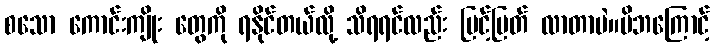
စသော ကောင်းကျိုး တွေကို ရနိုင်တယ်လို့ သိရရင်လည်း မြင့်မြတ် လာတာပဲ။မိဘကြောင့်